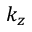
k _ { z }